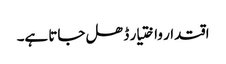
اقتدار واختیار ڈھل جاتا ہے۔